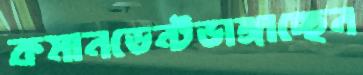
কমানডেন্টভাঙ্গাচ্ছেন